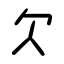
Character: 欠